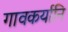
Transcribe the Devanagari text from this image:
गावकर्यानि